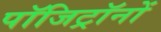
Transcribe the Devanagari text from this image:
पॉजिट्रॉनों